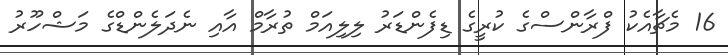
16 މެޗާއެކު ފްރާންސްގެ ކުރީގެ ޑިފެންޑަރު ލިލިއަމް ތުރާމް އާއި ނެދަލެންޑްގެ މަޝްހޫރު